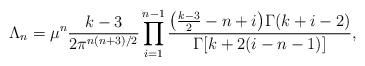
LaTeX: \begin{gather*}\Lambda_n = \mu^n\frac{k-3}{2\pi^{n(n+3)/2}}\prod_{i=1}^{n-1} \frac{\big(\frac{k-3}{2}-n+i\big)\Gamma (k+i-2)}{\Gamma [k+2(i-n-1)]} ,\end{gather*}